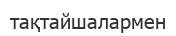
тақтайшалармен